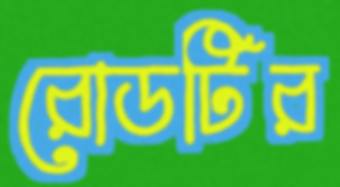
রোডটির